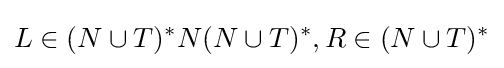
L\in (N\cup T)^{*}N(N\cup T)^{*},R\in (N\cup T)^{*}